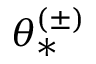
\theta _ { * } ^ { ( \pm ) }